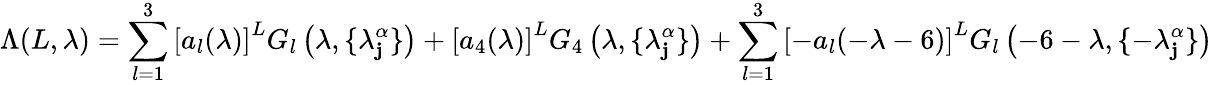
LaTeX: \Lambda(L,\lambda)=\sum_{l=1}^{3}\left[a_{l}(\lambda)\right]^{L}G_{l}\left(\lambda,\{ \lambda_{\mathbf{j}}^{\alpha}\} \right)+\left[a_{4}(\lambda)\right]^{L}G_{4}\left(\lambda,\{ \lambda_{\mathbf{j}}^{\alpha}\} \right)+\sum_{l=1}^{3}\left[-a_{l}(-\lambda-6)\right]^{L}G_{l}\left(-6-\lambda,\{ -\lambda_{\mathbf{j}}^{\alpha}\} \right)